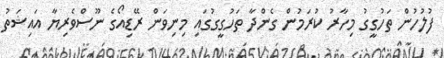
ފުލުހުން ތަހުގީގު މިހާރު ކުރަމުން ގެންދާ ތަހުގީގުގައި މިނިވަން ރޭޑިއޯގެ ނޫސްވެރިޔާ އައިޝަތު